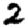
Digit: 2